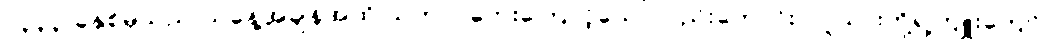
၁၃၃၃ ခုနှစ်မှသည် ယနေ့အချိန်အထိ သဘာဝဘေးကြောင့်သော်လည်းကောင်း၊ လူသားတို့ရဲ့ကျူးကျော်